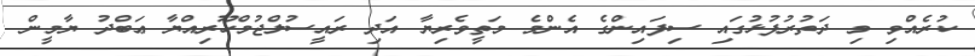
ކުރެއްވި މި ދަތުރުފުޅުގައި ސިފައިންގެ އެންމެ މަތީވެރިޔާ އަދި ރައީސުލްޖުމްހޫރިއްޔާ ޢަބްދު ޔާމީން